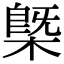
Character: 槩